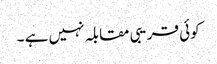
کوئی قریبی مقابلہ نہیں ہے ۔